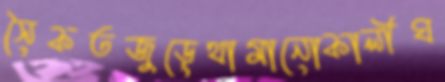
সৈকতজুড়েথামানোকালীঘ